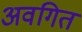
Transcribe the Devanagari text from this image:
अवगित